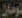
تومان